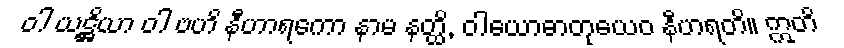
ဝါ ယဋ္ဌိယာ ဝါ ဗဟိ နီဟာရကော နာမ နတ္ထိ, ဝါယောဓာတုယေဝ နီဟရတိ။ ဣတိ